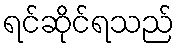
ရင်ဆိုင်ရသည်